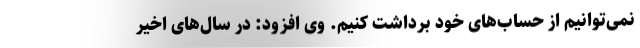
نمی‌توانیم از حساب‌های خود برداشت کنیم. وی افزود: در سال‌های اخیر